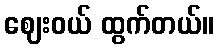
ဈေးဝယ် ထွက်တယ်။